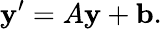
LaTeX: \mathbf{y}^{\prime}=A\mathbf{y}+\mathbf{b}.